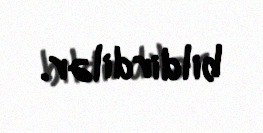
bildirdilər.